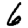
Digit: 6